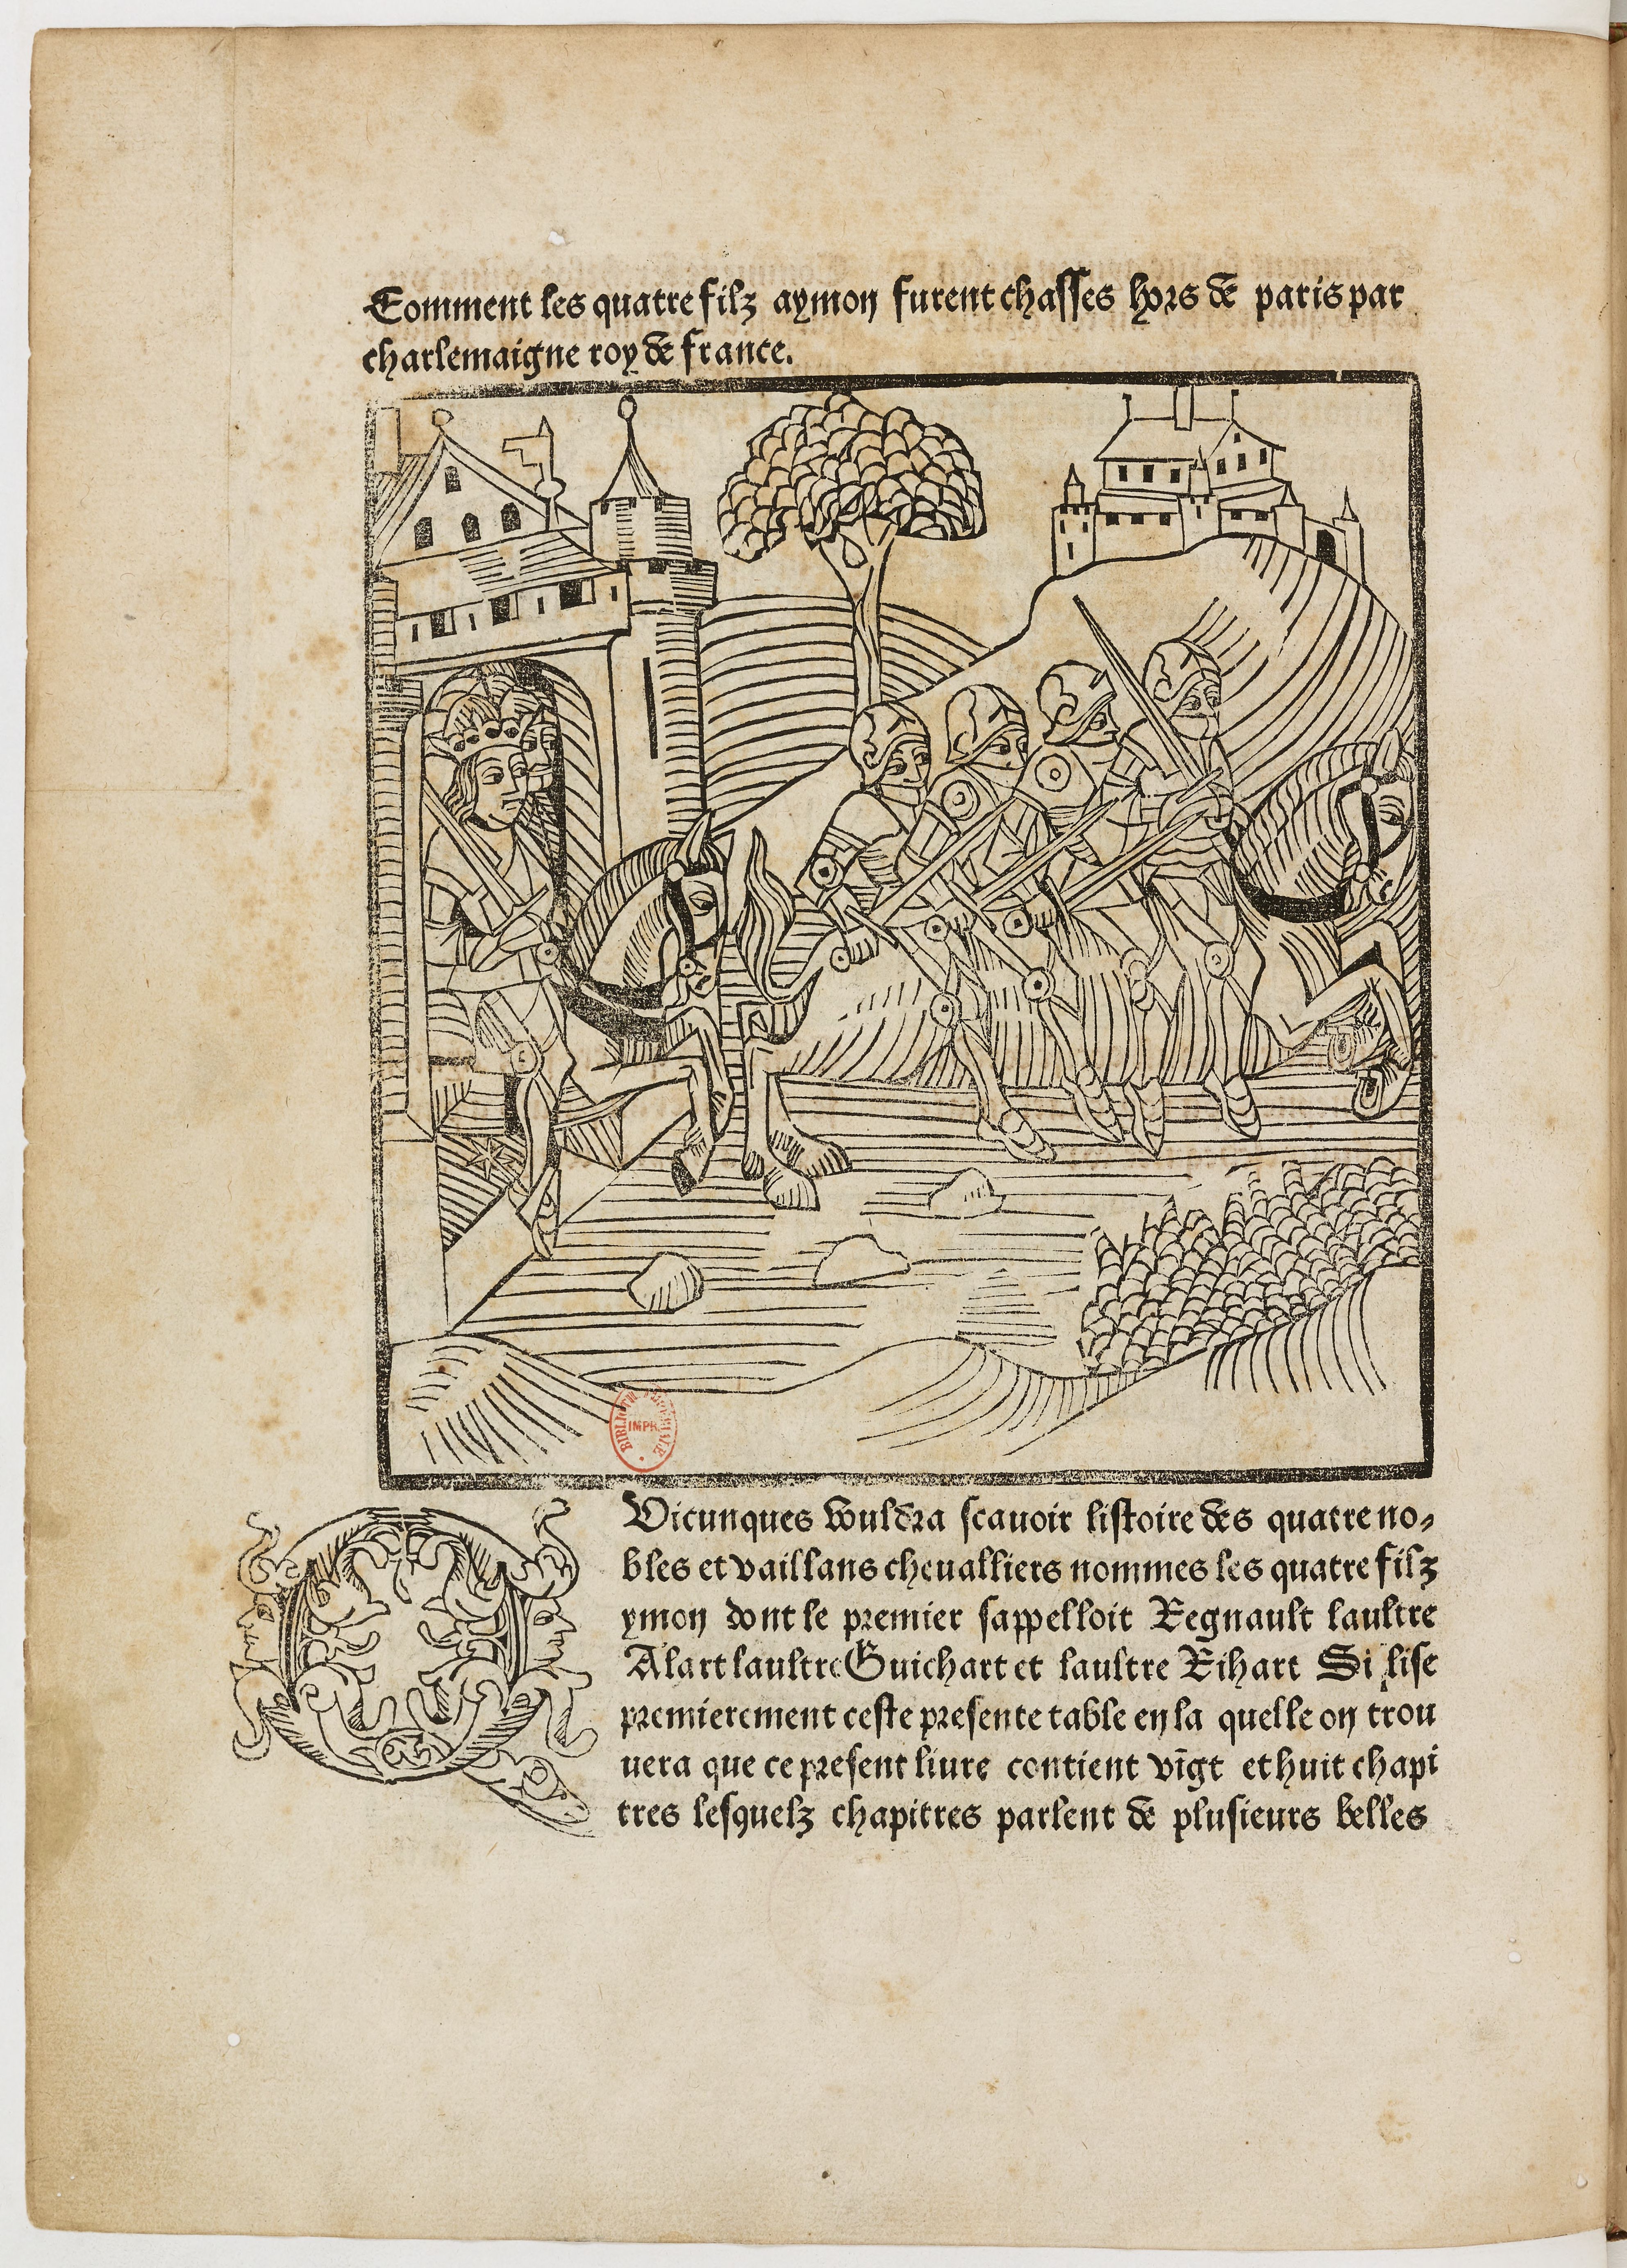
Shelfmark: Paris, BnF, Rés. Y2-364
Century: 15